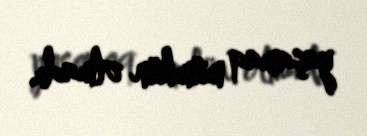
yaşamaq mümkün olmadı.